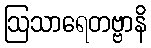
ဩသာရေတဗ္ဗာနိ